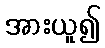
အားယူ၍